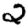
Digit: 2